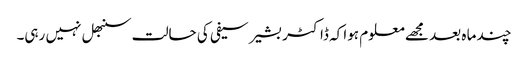
چند ما ہ بعد مجھے معلوم ہوا کہ ڈاکٹر بشیر سیفی کی حالت سنبھل نہیں رہی۔